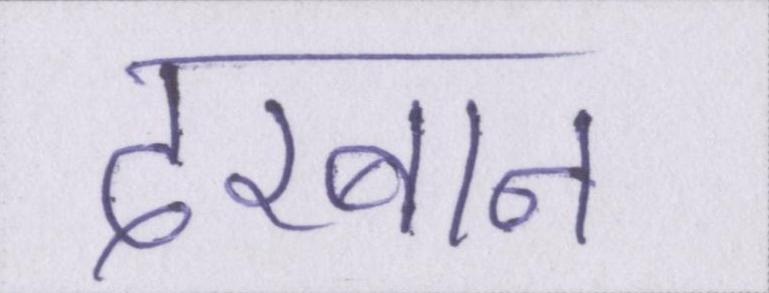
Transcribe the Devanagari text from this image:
दरबान